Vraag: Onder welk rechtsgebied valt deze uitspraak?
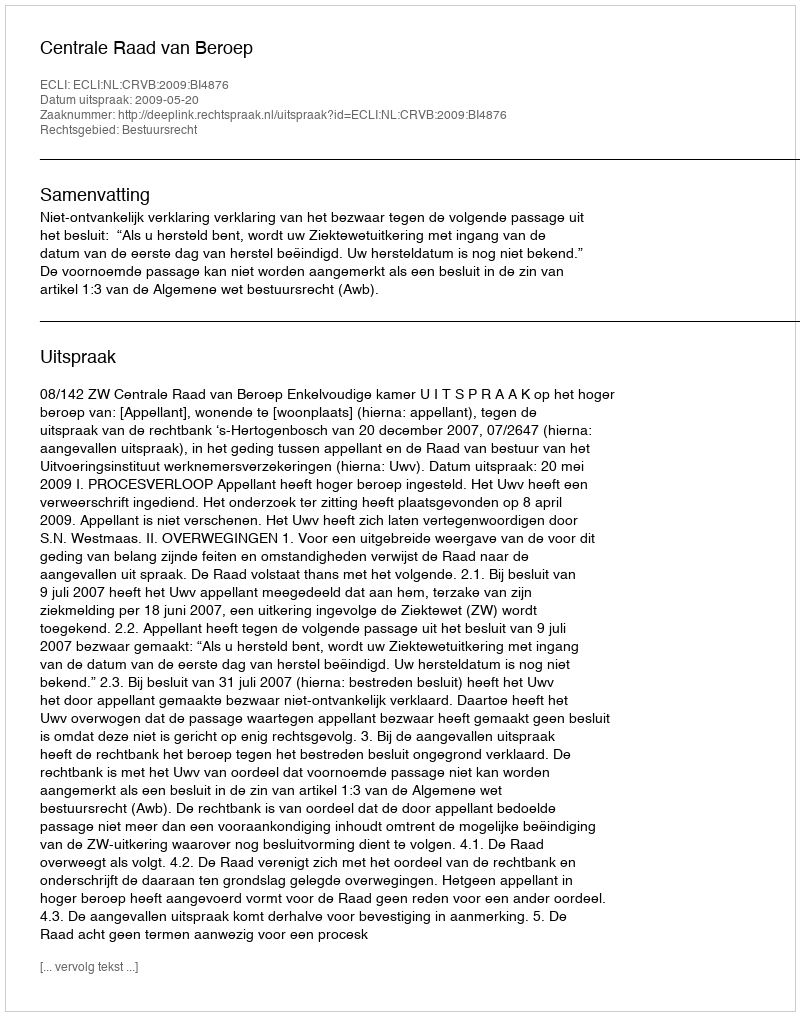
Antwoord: Bestuursrecht